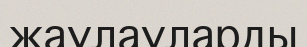
жаулауларды